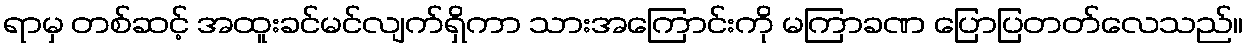
ရာမှ တစ်ဆင့် အထူးခင်မင်လျက်ရှိကာ သားအကြောင်းကို မကြာခဏ ပြောပြတတ်လေသည်။